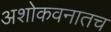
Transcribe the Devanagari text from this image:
अशोकवनातच